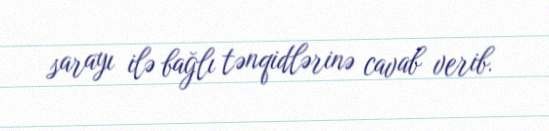
sarayı ilə bağlı tənqidlərinə cavab verib.